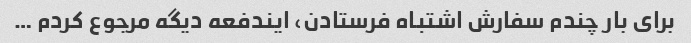
برای بار چندم سفارش اشتباه فرستادن، ایندفعه دیگه مرجوع کردم …